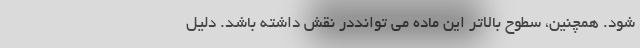
شود. همچنین، سطوح بالاتر این ماده می توانددر نقش داشته باشد. دلیل